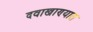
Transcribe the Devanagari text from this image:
दवाखाण्यात